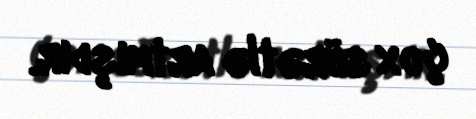
çox sürətlə artmışdır.